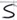
Text: S